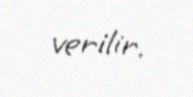
verilir.